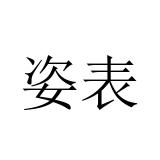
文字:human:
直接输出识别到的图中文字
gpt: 姿表